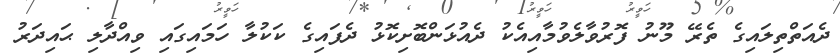
ދެއަތްތިލައިގެ ތެރޭ މޫނު ފޮރުވާލެވުމާއިއެކު ދެއުޅަންބޮށިކޮޅު ދެފައިގެ ކަކުލާ ހަމައިގައި ވިއްދާލި ޙައިދަރު